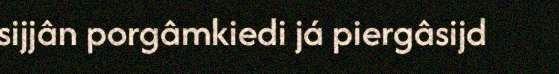
sijjân porgâmkiedi já piergâsijd